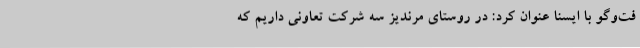
فت‌وگو با ایسنا عنوان کرد: در روستای مرندیز سه شرکت تعاونی داریم که